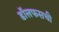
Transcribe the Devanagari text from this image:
डॉलफसची